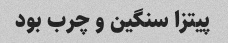
پیتزا سنگین و چرب بود